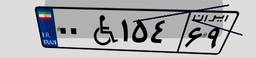
۰۰W۱۵۴۶۹